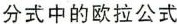
分式中的欧拉公式